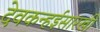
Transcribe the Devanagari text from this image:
देवकन्हईसारखी